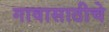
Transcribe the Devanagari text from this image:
गावासाठीचे